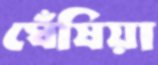
ঘেঁষিয়া